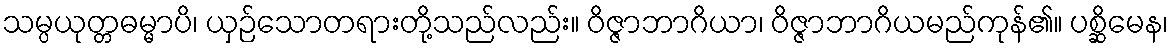
သမ္ပယုတ္တဓမ္မာပိ၊ ယှဉ်သောတရားတို့သည်လည်း။ ဝိဇ္ဇာဘာဂိယာ၊ ဝိဇ္ဇာဘာဂိယမည်ကုန်၏။ ပစ္ဆိမေန၊